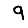
Digit: 9